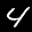
Label: 4